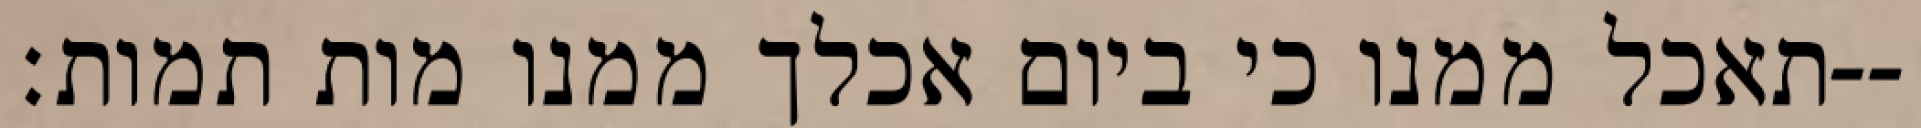
תאכל ממנו כי ביום אכלך ממנו מות תמות׃--